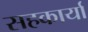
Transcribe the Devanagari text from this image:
सहकार्या